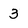
Character: 3